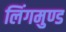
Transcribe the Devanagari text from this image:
लिंगमुण्ड